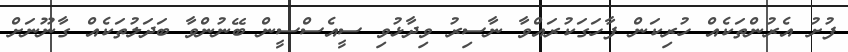
ފުށު އެރުންތަކެއް ހުރިކަން ފާހަގަކުރައްވާ ނާސިރު ވިދާޅުވި ސީއެސްސީން ބޭނުންވާ ބަދަލުތަކެއް ގާނޫނަށް